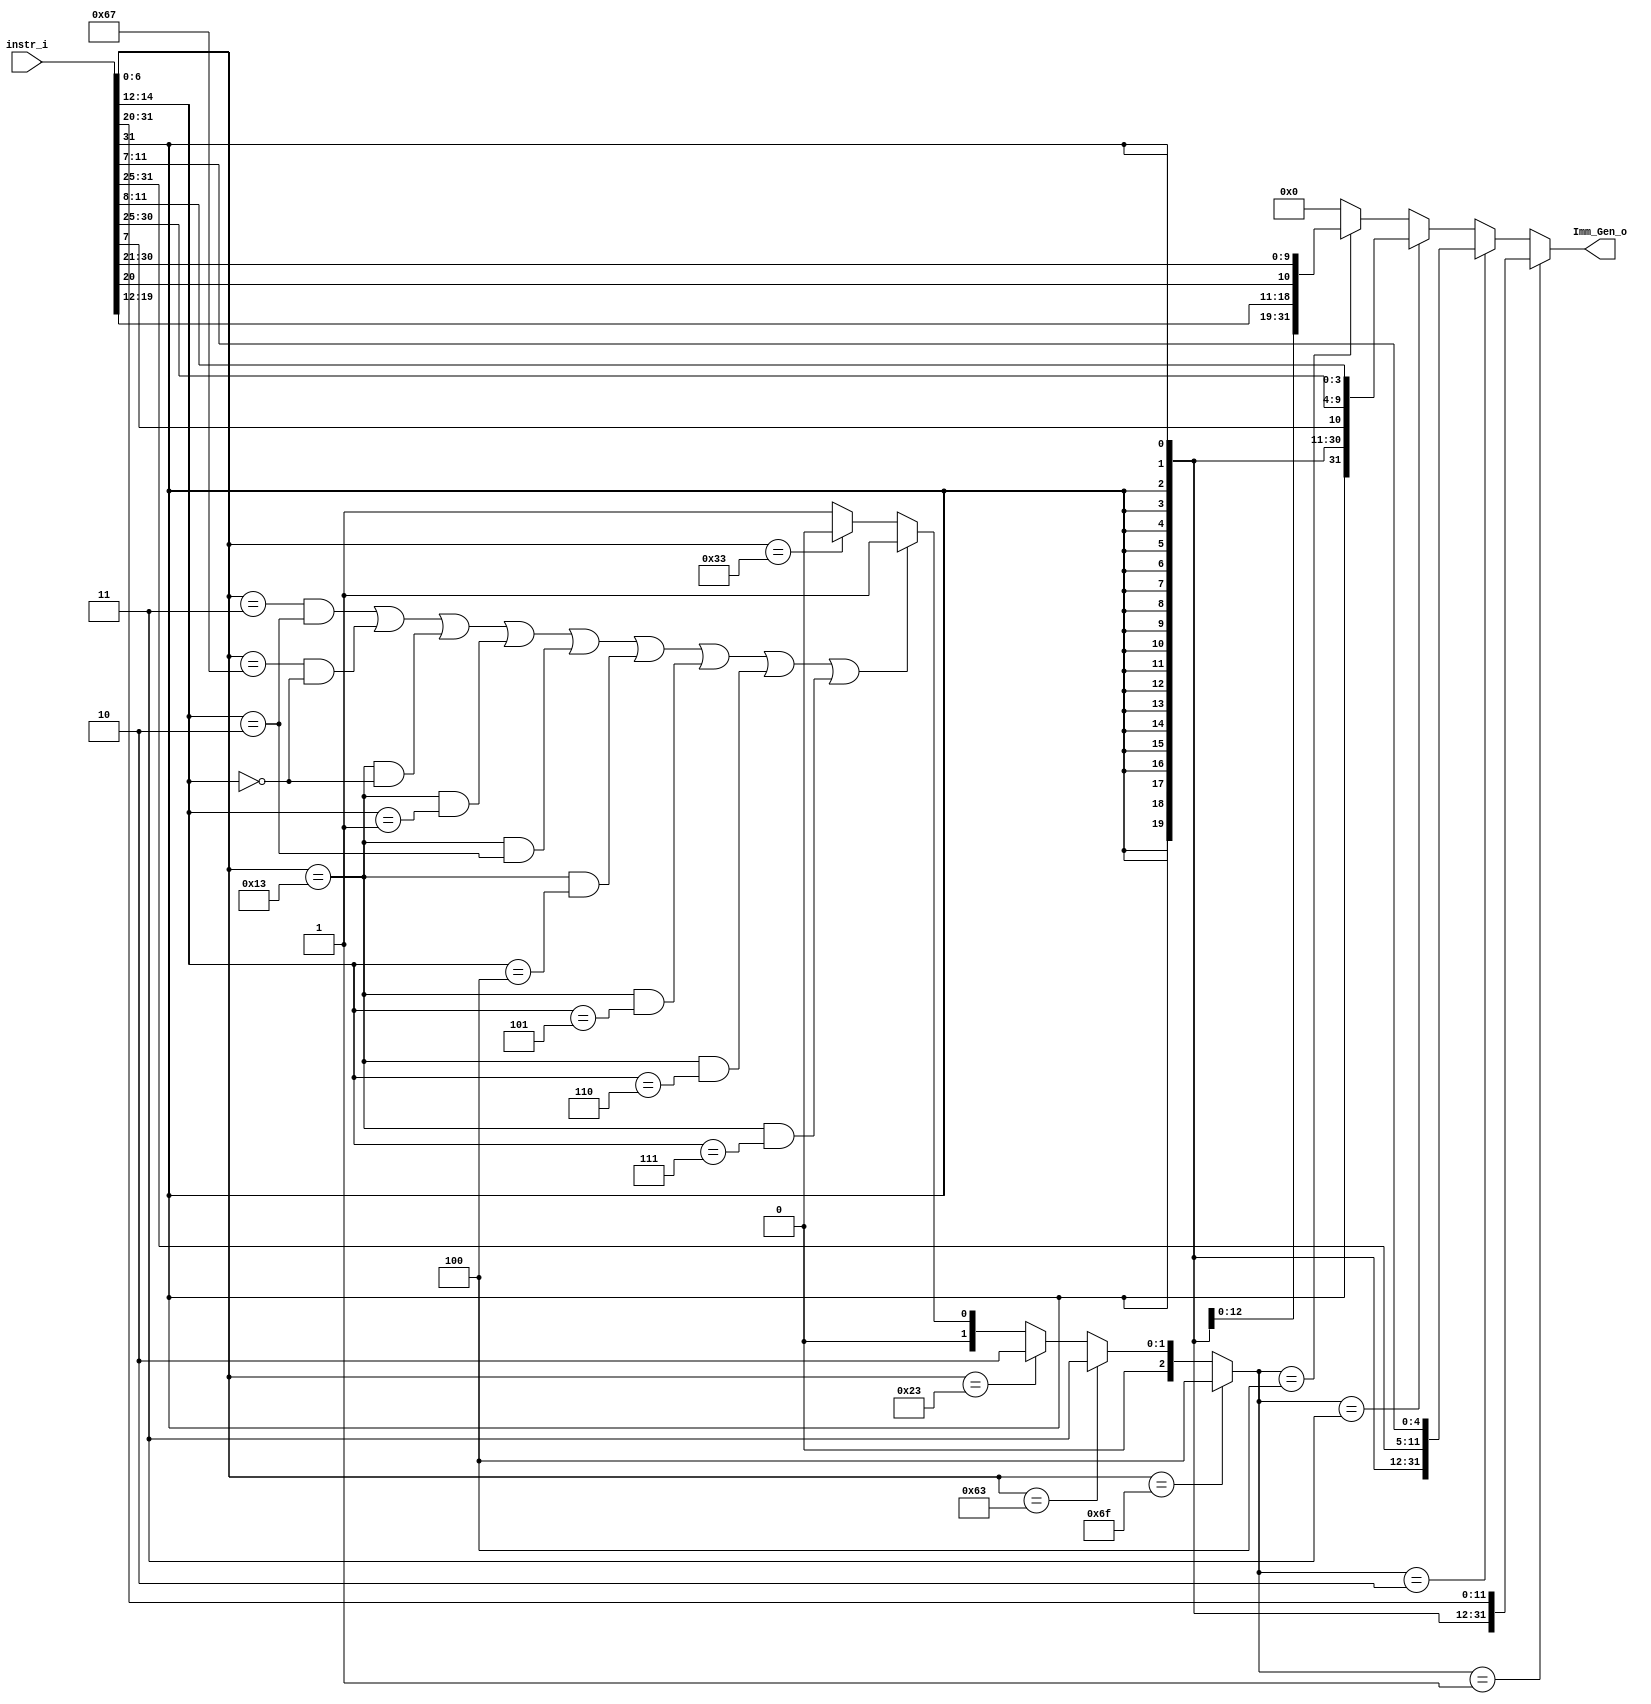
/***************************************************
Student Name: 
Student ID: 
***************************************************/

`timescale 1ns/1ps

module Imm_Gen(
	input  [31:0] instr_i,
	output [31:0] Imm_Gen_o
	);

/* Write your code HERE */
// instruction type instr_field bit
reg ALU_Ctrl_o;
wire [2:0] instr_field;
wire [6:0] opcode;
wire [2:0] funct3;
assign opcode = instr_i[6:0];
assign funct3 = instr_i[14:12];
// 0:R-type, 1:I-type, 2:S-type, 3:B-type	,4:j-type				 
assign instr_field = (opcode==7'b1101111)?4:(
					(opcode==7'b1100011)?3:(
                     (opcode==7'b0100011)?2:((
					 (opcode==7'b0000011 && funct3==3'b010) ||	//LW
					 (opcode==7'b1100111 && funct3==3'b000) ||	//JALR
                     (opcode==7'b0010011 && funct3==3'b000) ||	//ADDI
					 (opcode==7'b0010011 && funct3==3'b001) ||	//SLLI
					 (opcode==7'b0010011 && funct3==3'b010) ||	//SLTI
					 (opcode==7'b0010011 && funct3==3'b100) ||	//XORI
					 (opcode==7'b0010011 && funct3==3'b101) ||	//SRLI
					 (opcode==7'b0010011 && funct3==3'b110) ||	//ORI
					 (opcode==7'b0010011 && funct3==3'b111))?1:(//ANDI
					 (opcode==7'b0110011)?0:
					 1))));
					 
assign Imm_Gen_o = (instr_field == 1)?$signed(instr_i[31:20]):(
					(instr_field == 2)?$signed({instr_i[31:25],instr_i[11:7]}):(
					(instr_field == 3)?$signed({instr_i[31],instr_i[7],instr_i[30:25],instr_i[11:8]}) :(
					(instr_field == 4)?$signed({instr_i[31],instr_i[19:12],instr_i[20],instr_i[30:21]}) :(
					0))));



				
endmodule